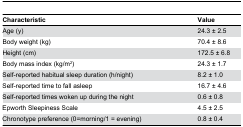
| Characteristic | Value |
 | --- | --- |
 | Age (y) | 24.3 ± 2.5 |
 | Body weight (kg) | 70.4 ± 8.6 |
 | Height (cm) | 172.5 ± 6.8 |
 | Body mass index (kg/m2) | 24.3 ± 1.7 |
 | Self-reported habitual sleep duration (h/night) | 8.2 ± 1.0 |
 | Self-reported time to fall asleep | 16.7 ± 4.6 |
 | Self-reported times woken up during the night | 0.6 ± 0.8 |
 | Epworth Sleepiness Scale | 4.5 ± 2.5 |
 | Chronotype preference (0=morning/1 = evening) | 0.8 ± 0.4 |